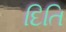
દિતિ